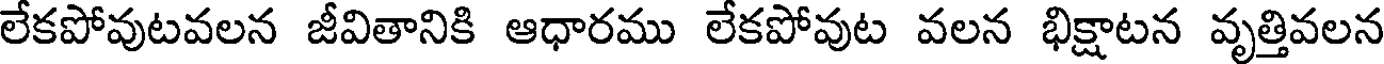
లేకపోవుటవలన జీవితానికి ఆధారము లేకపోవుట వలన భిక్షాటన వృత్తివలన